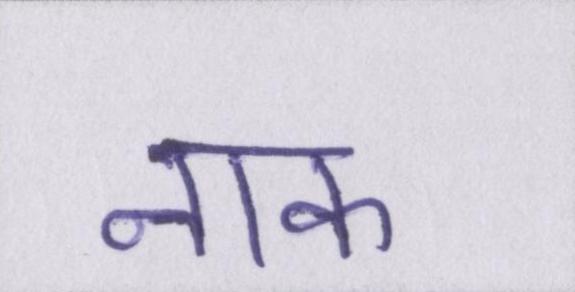
नाक